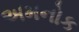
અમનોક